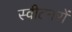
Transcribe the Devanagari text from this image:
स्वीटनरों